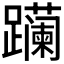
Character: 𬧛